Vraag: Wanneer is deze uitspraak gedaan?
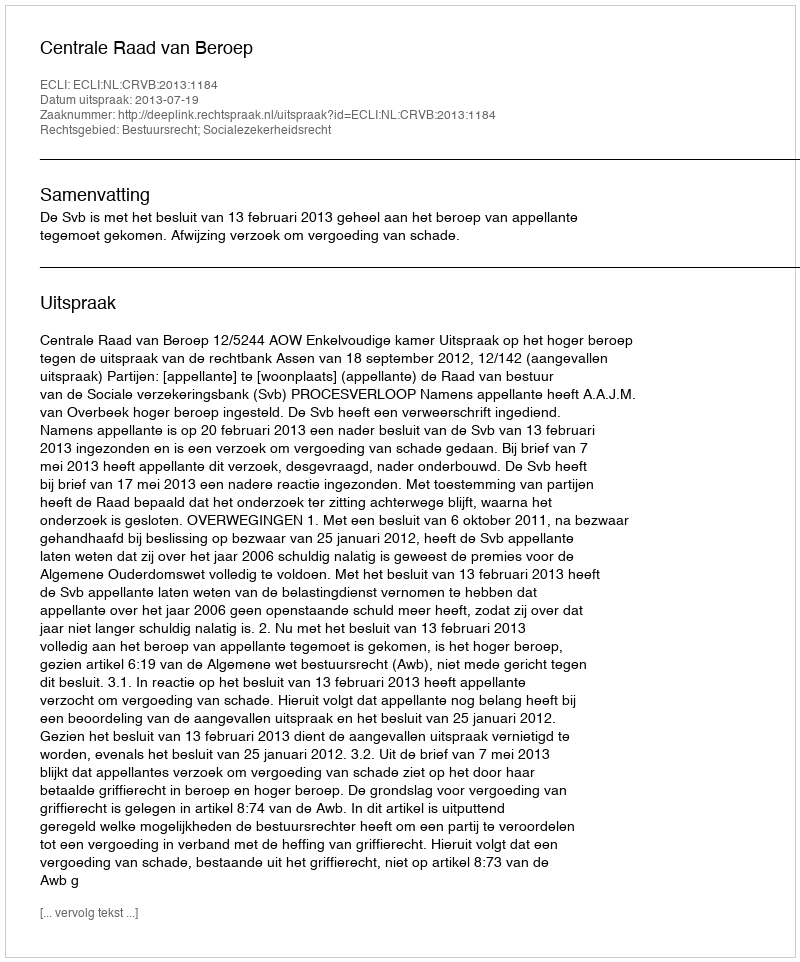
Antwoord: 2013-07-19